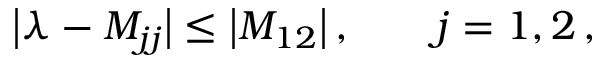
\big | \lambda - M _ { j j } \big | \le \big | M _ { 1 2 } \big | \, , \qquad j = 1 , 2 \, ,